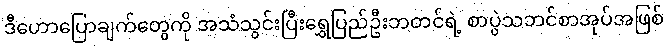
ဒီဟောပြောချက်တွေကို အသံသွင်းပြီးရွှေပြည်ဦးဘတင်ရဲ့ စာပွဲသဘင်စာအုပ်အဖြစ်